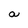
Character: a